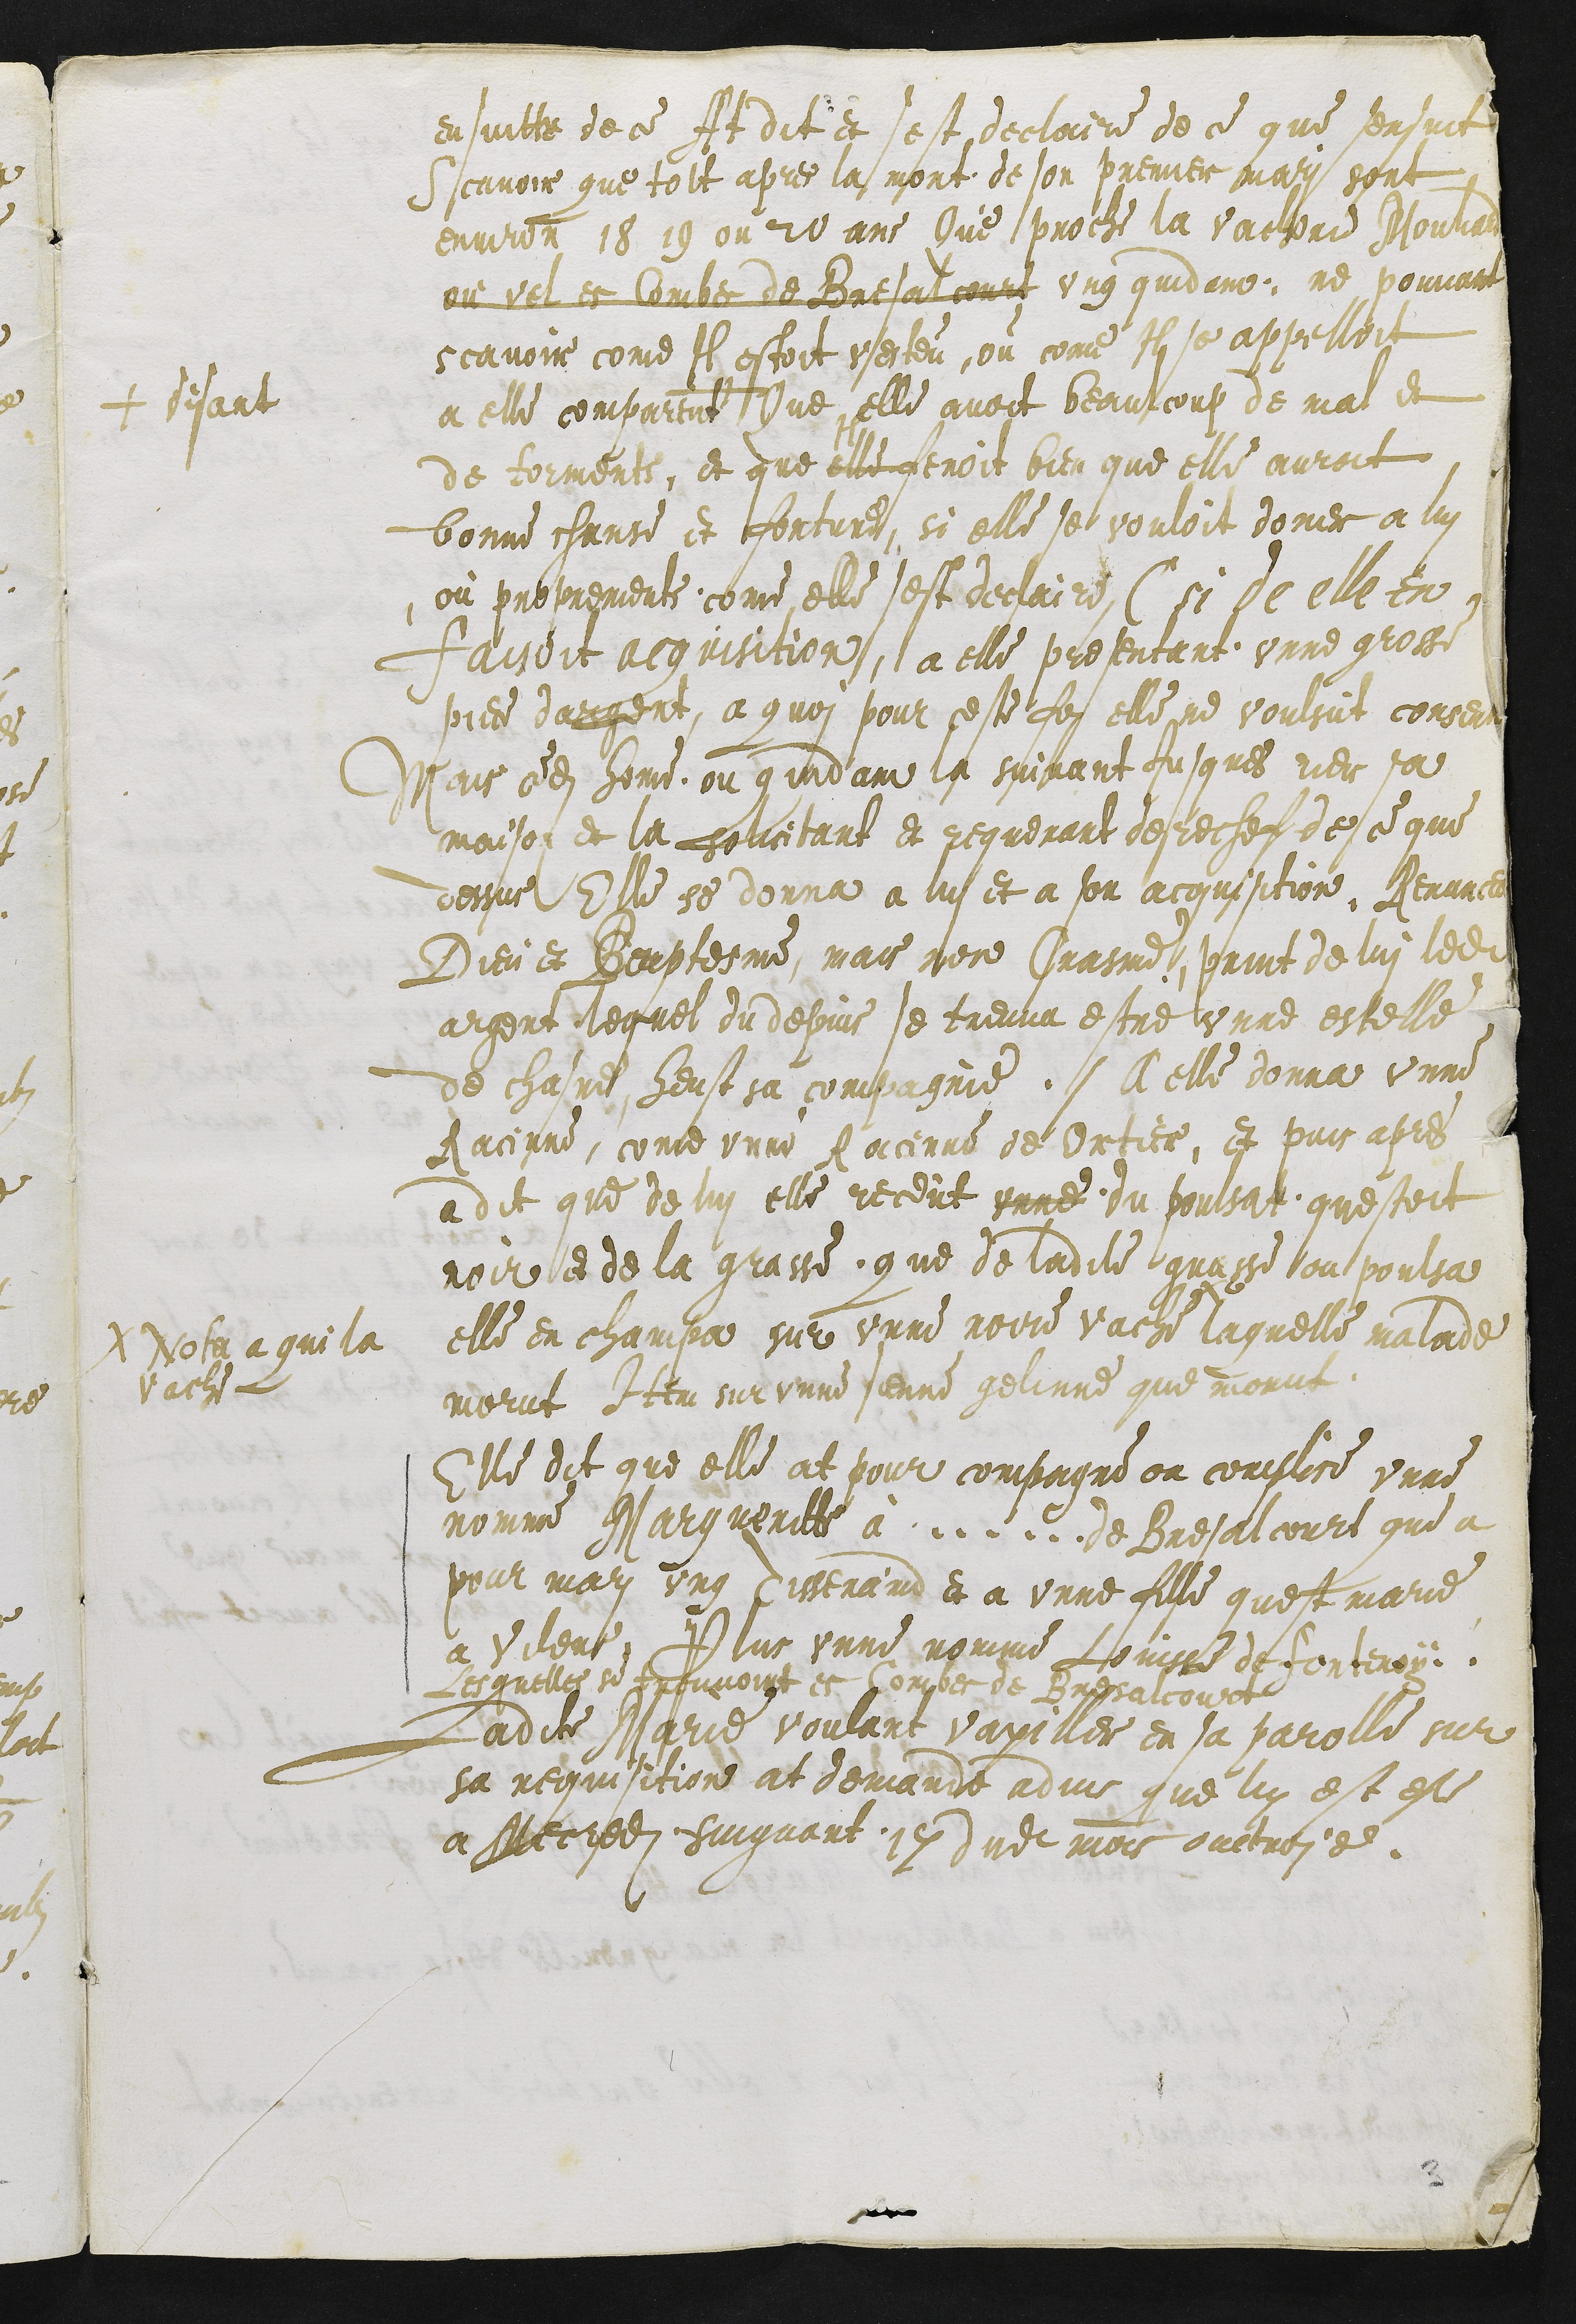
ensuitte de ce At dit et sest declaire de ce que sensuit
scavoir que tolt apres la mort de son premier mari sont
environ 18 19 ou 20 ans Que proche la vacherie Mouhard
ou vel es Combe de Bresalcourt ung quidam ne pouvant
scavoir come Il estoit vesteu ou come Il se appelloit
a elle compareut
+
+ disant
Que elle avoit beaulcoup de mal et
de torments, et que elle feroit bien que elle auroit
bonne chanse et fortune, si elle se vouloit doner a lui
ou proprements come elle sest declaire (si de elle en
faisoit acquisition), a elle presentant unne grosse
piece dargent, a quoi pour ceste fois elle ne voulsut consen
Mais cedit home, ou quidam la suivant Jusques riere sa
maison et la solicitant et requerant derechef de ce que
dessus Elle se donna a lui et a son acquisition, Renuncea
Dieu et Beaptesme, mais non Crasme, print de lui ledit
argent lequel du depuis se treuva estre unne estelle
de chasne, heust sa compagnie. A elle donna unne
Racinne, come unne Racinne de Ortier, et puis apres
a dit que de lui elle receut unne du poulsat questoit
noir et de la grasse que de ladite grasse ou poulsa
elle en champa sur unne noire vache
#
Nota a qui la
vache
laquelle malade
morut Item sur unne sienne gelinne que morut
Elle dit que elle at pour compagne on complice unne
nomme Marguerite à ...... de Bresalcourt que a
pour mari ung Tisserand et a unne fille quest marie
a Vilere, Plus unne nomme Louisse de Fontenoy,
Lesquelles se trouvoint es Combes de Bresalcourt
Ladite Marie voulant vaxiller en sa parolle sur
sa requisition at demande advis que lui est este
a mecredi suigvant 17 dudit mois ouctroye